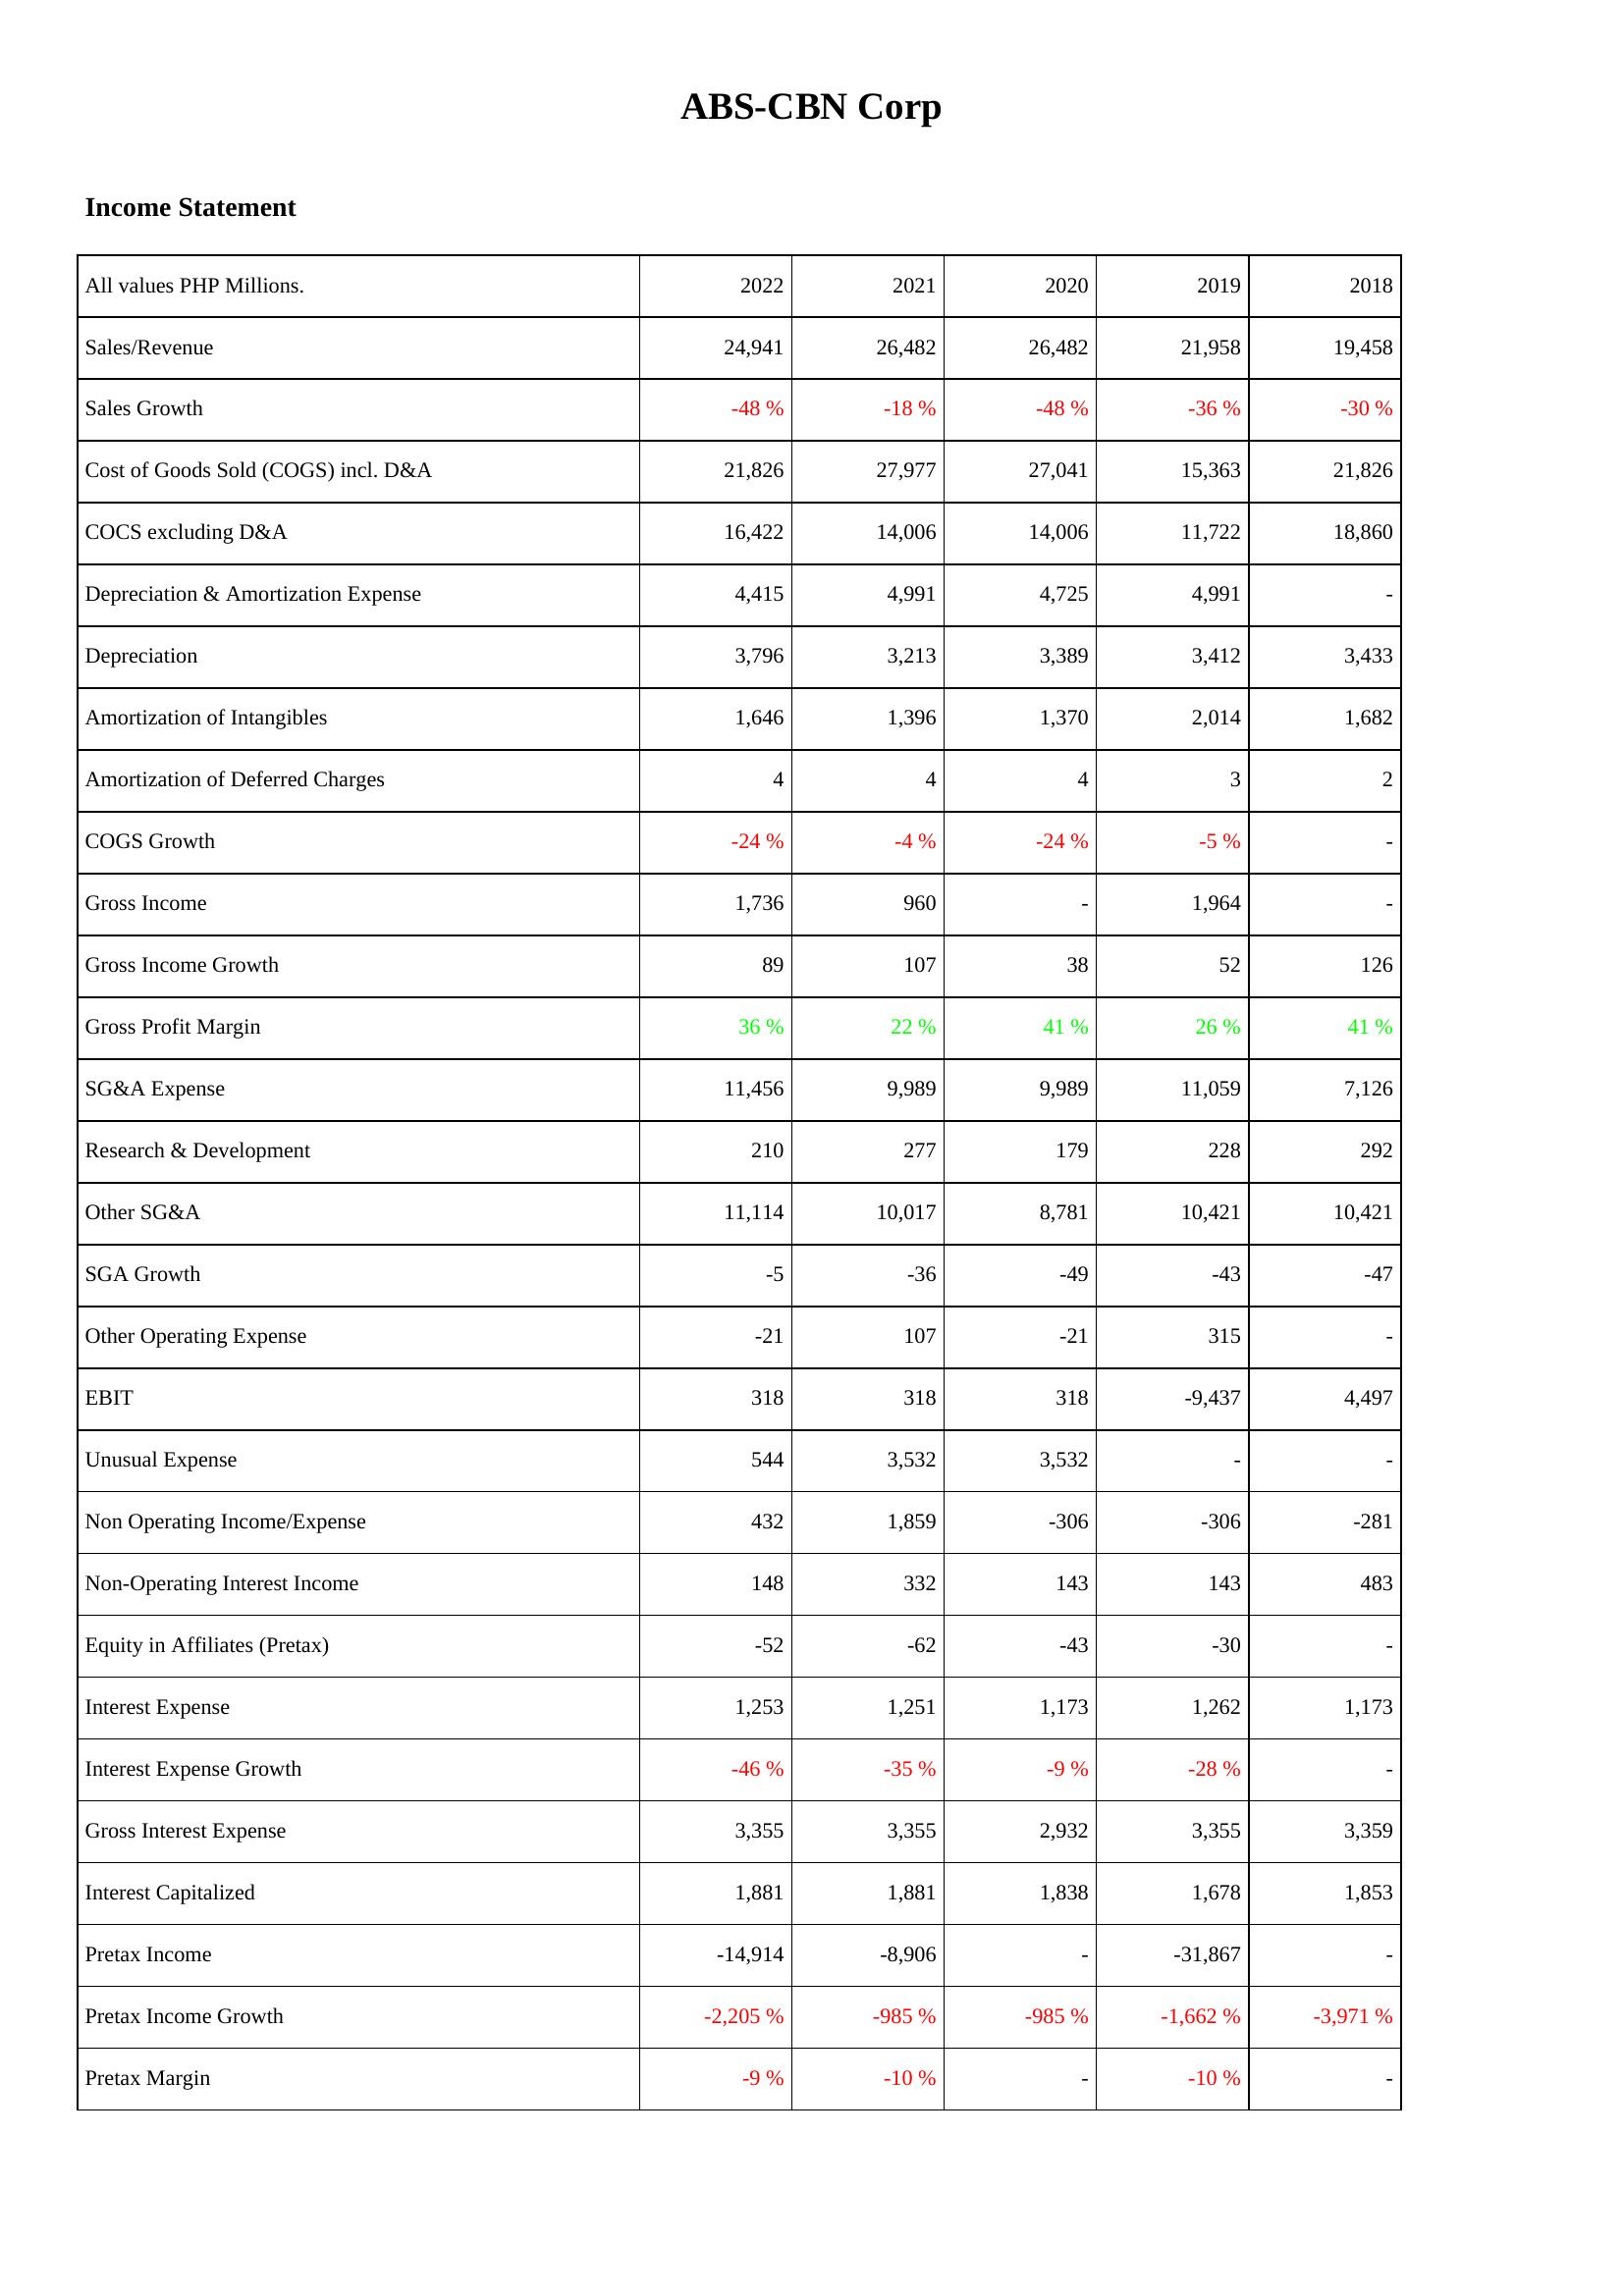
2022: Income Statement: Sales/Revenue: 24,941
Sales Growth: -48 %
Cost of Goods Sold (COGS) incl. D&A: 21,826
COCS excluding D&A: 16,422
Depreciation & Amortization Expense: 4,415
Depreciation: 3,796
Amortization of Intangibles: 1,646
Amortization of Deferred Charges: 4
COGS Growth: -24 %
Gross Income: 1,736
Gross Income Growth: 89
Gross Profit Margin: 36 %
SG&A Expense: 11,456
Research & Development: 210
Other SG&A: 11,114
SGA Growth: -5
Other Operating Expense: -21
EBIT: 318
Unusual Expense: 544
Non Operating Income/Expense: 432
Non-Operating Interest Income: 148
Equity in Affiliates (Pretax): -52
Interest Expense: 1,253
Interest Expense Growth: -46 %
Gross Interest Expense: 3,355
Interest Capitalized: 1,881
Pretax Income: -14,914
Pretax Income Growth: -2,205 %
Pretax Margin: -9 %
2021: Income Statement: Sales/Revenue: 26,482
Sales Growth: -18 %
Cost of Goods Sold (COGS) incl. D&A: 27,977
COCS excluding D&A: 14,006
Depreciation & Amortization Expense: 4,991
Depreciation: 3,213
Amortization of Intangibles: 1,396
Amortization of Deferred Charges: 4
COGS Growth: -4 %
Gross Income: 960
Gross Income Growth: 107
Gross Profit Margin: 22 %
SG&A Expense: 9,989
Research & Development: 277
Other SG&A: 10,017
SGA Growth: -36
Other Operating Expense: 107
EBIT: 318
Unusual Expense: 3,532
Non Operating Income/Expense: 1,859
Non-Operating Interest Income: 332
Equity in Affiliates (Pretax): -62
Interest Expense: 1,251
Interest Expense Growth: -35 %
Gross Interest Expense: 3,355
Interest Capitalized: 1,881
Pretax Income: -8,906
Pretax Income Growth: -985 %
Pretax Margin: -10 %
2020: Income Statement: Sales/Revenue: 26,482
Sales Growth: -48 %
Cost of Goods Sold (COGS) incl. D&A: 27,041
COCS excluding D&A: 14,006
Depreciation & Amortization Expense: 4,725
Depreciation: 3,389
Amortization of Intangibles: 1,370
Amortization of Deferred Charges: 4
COGS Growth: -24 %
Gross Income: -
Gross Income Growth: 38
Gross Profit Margin: 41 %
SG&A Expense: 9,989
Research & Development: 179
Other SG&A: 8,781
SGA Growth: -49
Other Operating Expense: -21
EBIT: 318
Unusual Expense: 3,532
Non Operating Income/Expense: -306
Non-Operating Interest Income: 143
Equity in Affiliates (Pretax): -43
Interest Expense: 1,173
Interest Expense Growth: -9 %
Gross Interest Expense: 2,932
Interest Capitalized: 1,838
Pretax Income: -
Pretax Income Growth: -985 %
Pretax Margin: -
2019: Income Statement: Sales/Revenue: 21,958
Sales Growth: -36 %
Cost of Goods Sold (COGS) incl. D&A: 15,363
COCS excluding D&A: 11,722
Depreciation & Amortization Expense: 4,991
Depreciation: 3,412
Amortization of Intangibles: 2,014
Amortization of Deferred Charges: 3
COGS Growth: -5 %
Gross Income: 1,964
Gross Income Growth: 52
Gross Profit Margin: 26 %
SG&A Expense: 11,059
Research & Development: 228
Other SG&A: 10,421
SGA Growth: -43
Other Operating Expense: 315
EBIT: -9,437
Unusual Expense: -
Non Operating Income/Expense: -306
Non-Operating Interest Income: 143
Equity in Affiliates (Pretax): -30
Interest Expense: 1,262
Interest Expense Growth: -28 %
Gross Interest Expense: 3,355
Interest Capitalized: 1,678
Pretax Income: -31,867
Pretax Income Growth: -1,662 %
Pretax Margin: -10 %
2018: Income Statement: Sales/Revenue: 19,458
Sales Growth: -30 %
Cost of Goods Sold (COGS) incl. D&A: 21,826
COCS excluding D&A: 18,860
Depreciation & Amortization Expense: -
Depreciation: 3,433
Amortization of Intangibles: 1,682
Amortization of Deferred Charges: 2
COGS Growth: -
Gross Income: -
Gross Income Growth: 126
Gross Profit Margin: 41 %
SG&A Expense: 7,126
Research & Development: 292
Other SG&A: 10,421
SGA Growth: -47
Other Operating Expense: -
EBIT: 4,497
Unusual Expense: -
Non Operating Income/Expense: -281
Non-Operating Interest Income: 483
Equity in Affiliates (Pretax): -
Interest Expense: 1,173
Interest Expense Growth: -
Gross Interest Expense: 3,359
Interest Capitalized: 1,853
Pretax Income: -
Pretax Income Growth: -3,971 %
Pretax Margin: -